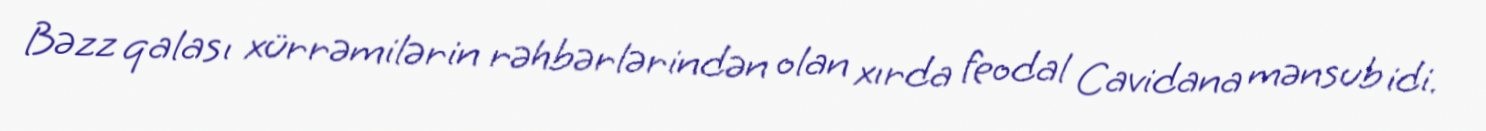
Bəzz qalası xürrəmilərin rəhbərlərindən olan xırda feodal Cavidana mənsub idi.